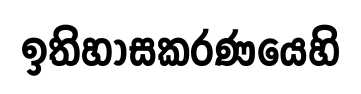
ඉතිහාසකරණයෙහි